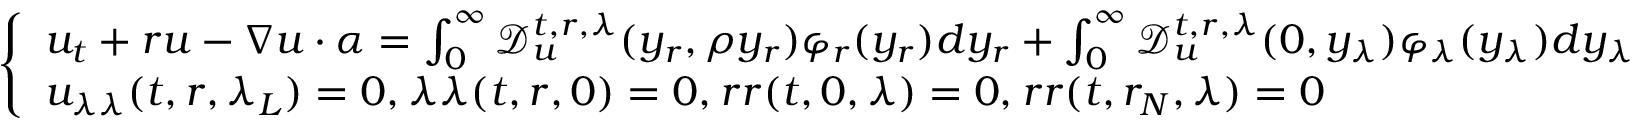
\left\{ \begin{array} { l l } { u _ { t } + r u - \nabla u \cdot \alpha = \int _ { 0 } ^ { \infty } \mathcal { D } _ { u } ^ { t , r , \lambda } ( y _ { r } , \rho y _ { r } ) \varphi _ { r } ( y _ { r } ) d y _ { r } + \int _ { 0 } ^ { \infty } \mathcal { D } _ { u } ^ { t , r , \lambda } ( 0 , y _ { \lambda } ) \varphi _ { \lambda } ( y _ { \lambda } ) d y _ { \lambda } } \\ { u _ { \lambda \lambda } ( t , r , \lambda _ { L } ) = 0 , \u _ { \lambda \lambda } ( t , r , 0 ) = 0 , \u _ { r r } ( t , 0 , \lambda ) = 0 , \u _ { r r } ( t , r _ { N } , \lambda ) = 0 } \end{array} \right.